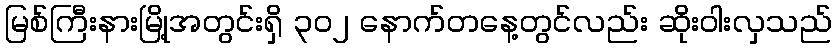
မြစ်ကြီးနားမြို့အတွင်းရှိ ၃၀၂ နောက်တနေ့တွင်လည်း ဆိုးဝါးလှသည်